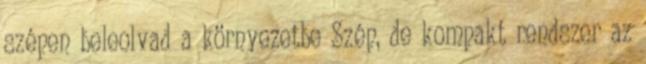
szépen beleolvad a környezetbe Szép, de kompakt rendszer az